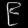
Digit: ၉